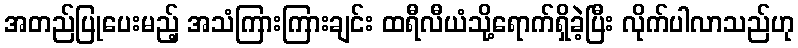
အတည်ပြုပေးမည့် အသံကြားကြားချင်း ထရီလီယံသို့ရောက်ရှိခဲ့ပြီး လိုက်ပါလာသည်ဟု